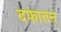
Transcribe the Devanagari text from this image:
दफातन